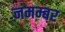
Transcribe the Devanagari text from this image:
नमम्बर